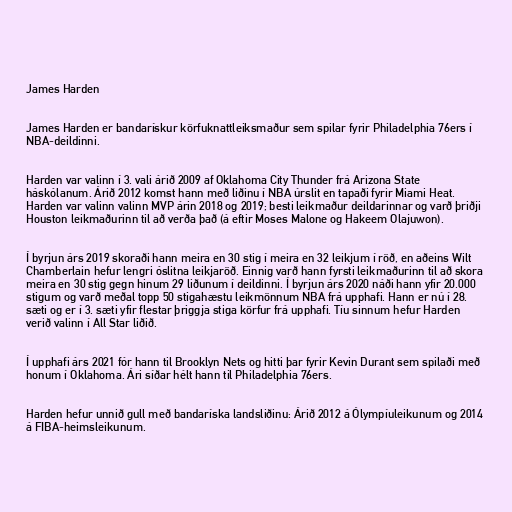
James Harden

James Harden er bandarískur körfuknattleiksmaður sem spilar fyrir Philadelphia 76ers í
NBA-deildinni.

Harden var valinn í 3. vali árið 2009 af Oklahoma City Thunder frá Arizona State
háskólanum. Árið 2012 komst hann með liðinu í NBA úrslit en tapaði fyrir Miami Heat.
Harden var valinn valinn MVP árin 2018 og 2019; besti leikmaður deildarinnar og varð þriðji
Houston leikmaðurinn til að verða það (á eftir Moses Malone og Hakeem Olajuwon).

Í byrjun árs 2019 skoraði hann meira en 30 stig í meira en 32 leikjum í röð, en aðeins Wilt
Chamberlain hefur lengri óslitna leikjaröð. Einnig varð hann fyrsti leikmaðurinn til að skora
meira en 30 stig gegn hinum 29 liðunum í deildinni. Í byrjun árs 2020 náði hann yfir 20.000
stigum og varð meðal topp 50 stigahæstu leikmönnum NBA frá upphafi. Hann er nú í 28.
sæti og er í 3. sæti yfir flestar þriggja stiga körfur frá upphafi. Tíu sinnum hefur Harden
verið valinn í All Star liðið.

Í upphafi árs 2021 fór hann til Brooklyn Nets og hitti þar fyrir Kevin Durant sem spilaði með
honum í Oklahoma. Ári síðar hélt hann til Philadelphia 76ers.

Harden hefur unnið gull með bandaríska landsliðinu: Árið 2012 á Ólympíuleikunum og 2014
á FIBA-heimsleikunum.